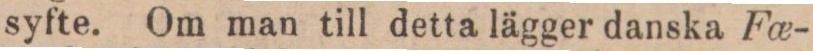
syfte. Om man till detta lägger danska Fœ-